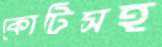
কোটিসহ